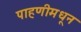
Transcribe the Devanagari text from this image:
पाहणीमधून